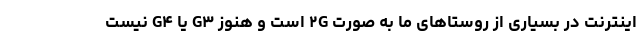
اینترنت در بسیاری از روستاهای ما به صورت ۲G است و هنوز G۳ یا G۴ نیست